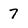
Character: 7